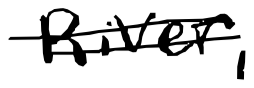
Text: River,
Cross-out: double-line
Writing tool: digital_black